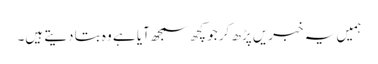
ہمیں یہ خبریں پڑھ کر جو کچھ سمجھ آیا ہے وہ بتا دیتے ہیں۔